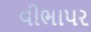
વીભાપર